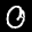
Label: 0